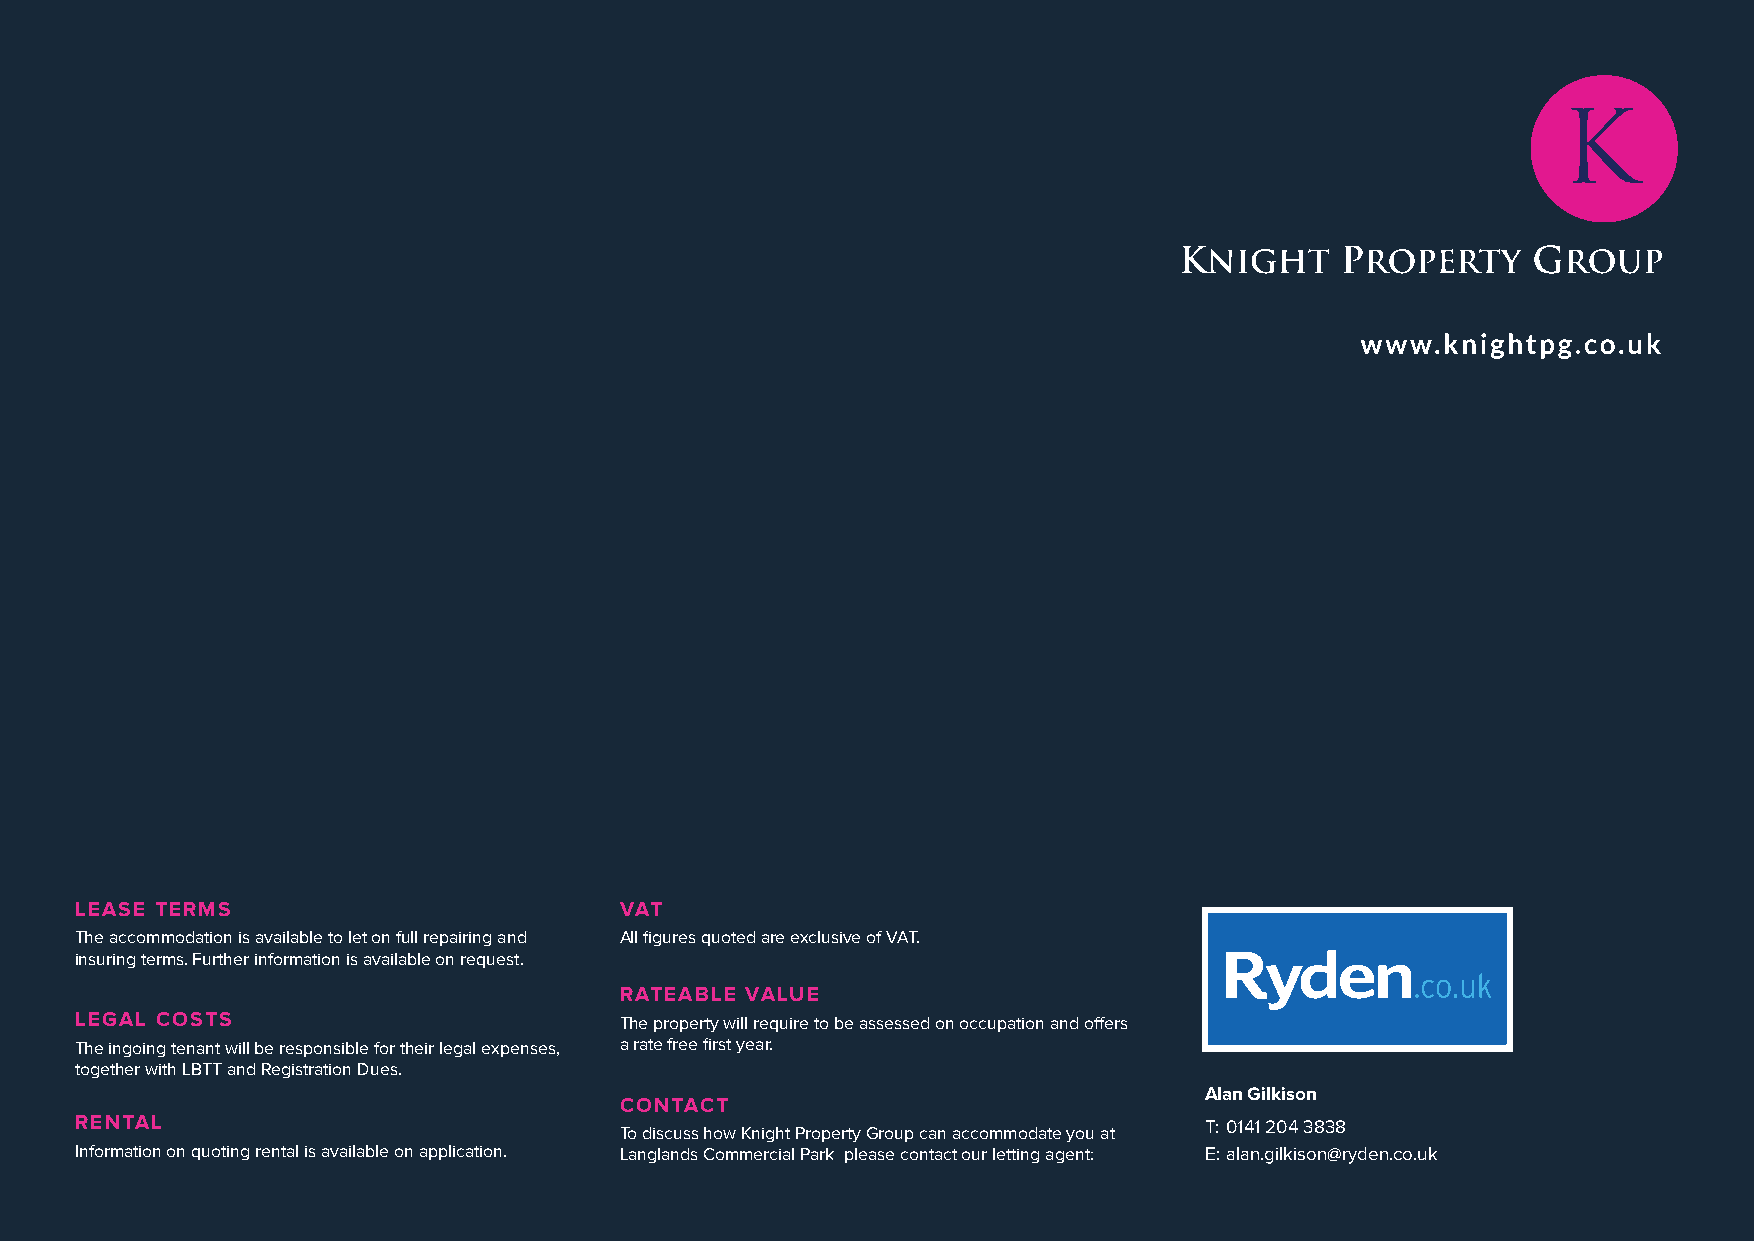
LEASE TERMS                         VAT
 The accommodation is available to let on full repairing and All figures quoted are exclusive of VAT.
 insuring terms. Further information is available on request.
 RATEABLE VALUE
 LEGAL COSTS                         The property will require to be assessed on occupation and offers
 The ingoing tenant will be responsible for their legal expenses, a rate free first year.
 together with LBTT and Registration Dues.
 Alan Gilkison
 CONTACT
 RENTAL                                                                     T: 0141 204 3838
 To discuss how Knight Property Group can accommodate you at
 Information on quoting rental is available on application. Langlands Commercial Park please contact our letting agent: E: alan.gilkison@ryden.co.uk